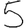
Digit: 5